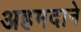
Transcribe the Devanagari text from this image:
अहमदाने